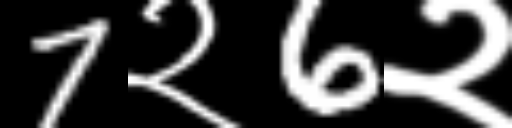
Text: 7२6२